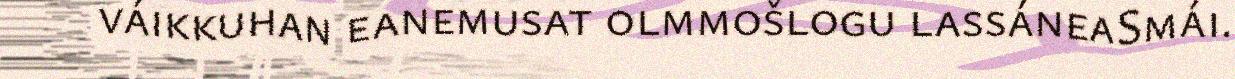
váikkuhan eanemusat olmmošlogu lassáneaSmái.